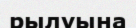
рылуына